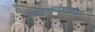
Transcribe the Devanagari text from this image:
अंडकोशाच्या